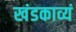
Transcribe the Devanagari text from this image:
खंडकाव्यं